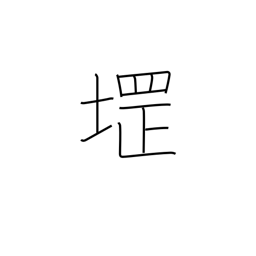
Meaning: used in place names